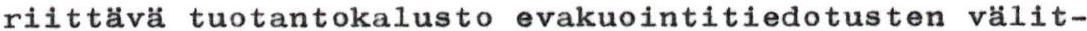
riittävä tuotantokalusto evakuointitiedotusten välit-